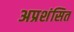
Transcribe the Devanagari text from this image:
अप्रशंसित